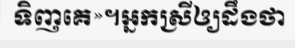
ទិញគេ»។អ្នកស្រីឲ្យដឹងថា